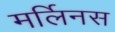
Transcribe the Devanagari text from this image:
मर्लिनस